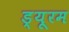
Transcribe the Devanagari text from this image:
ड्यूरम